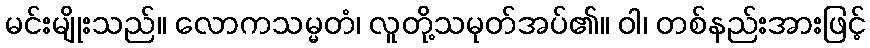
မင်းမျိုးသည်။ လောကသမ္မတံ၊ လူတို့သမုတ်အပ်၏။ ဝါ၊ တစ်နည်းအားဖြင့်